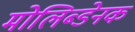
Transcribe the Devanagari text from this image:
मोलिब्डेनक